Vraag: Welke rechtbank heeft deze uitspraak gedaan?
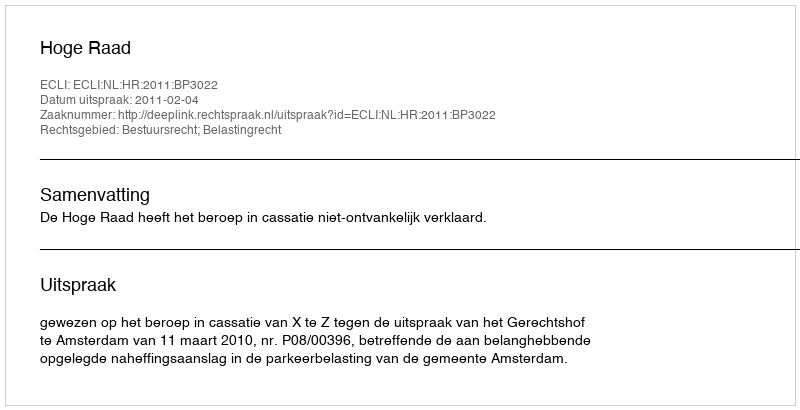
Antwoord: Hoge Raad